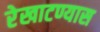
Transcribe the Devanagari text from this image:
रेखाटण्यास